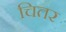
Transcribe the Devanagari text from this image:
चितर